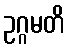
ဥဂ္ဂမတိ